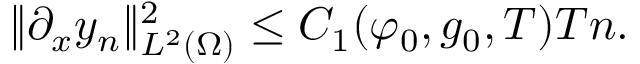
\lVert \partial _ { x } y _ { n } \rVert _ { L ^ { 2 } ( \Omega ) } ^ { 2 } \leq C _ { 1 } ( \varphi _ { 0 } , g _ { 0 } , T ) T n .